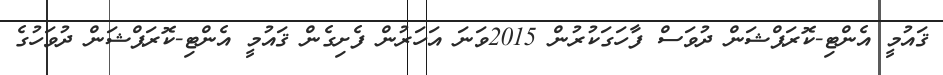
ޤައުމީ އެންޓި-ކޮރަޕްޝަން ދުވަސް ފާހަގަކުރުން 2015ވަނަ އަހަރުން ފެށިގެން ޤައުމީ އެންޓި-ކޮރަޕްޝަން ދުވަހުގެ